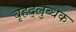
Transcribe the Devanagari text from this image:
बृहद्‌लुब्धक